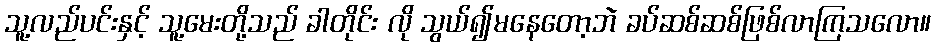
သူ့လည်ပင်းနှင့် သူ့မေးတို့သည် ခါတိုင်း လို သွယ်၍မနေတော့ဘဲ ခပ်ဆစ်ဆစ်ဖြစ်လာကြသလော။